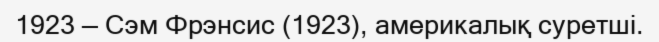
1923 — Сэм Фрэнсис (1923), америкалық суретші.